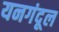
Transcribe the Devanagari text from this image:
यनगंदूल